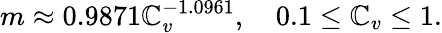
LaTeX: m\approx0.9871\mathbb{C}_{v}^{-1.0961},\quad0.1\le\mathbb{C}_{v}\le1.